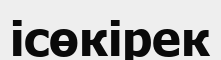
ісөкірек